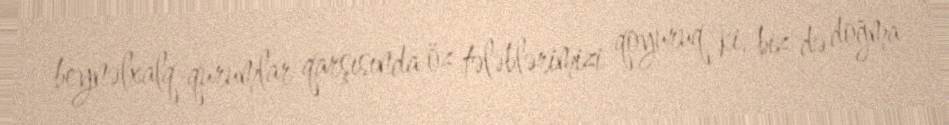
beynəlxalq qurumlar qarşısında öz tələblərimizi qoyuruq ki, biz də doğma